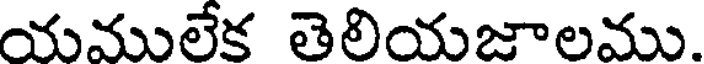
యములేక తెలియజాలము.